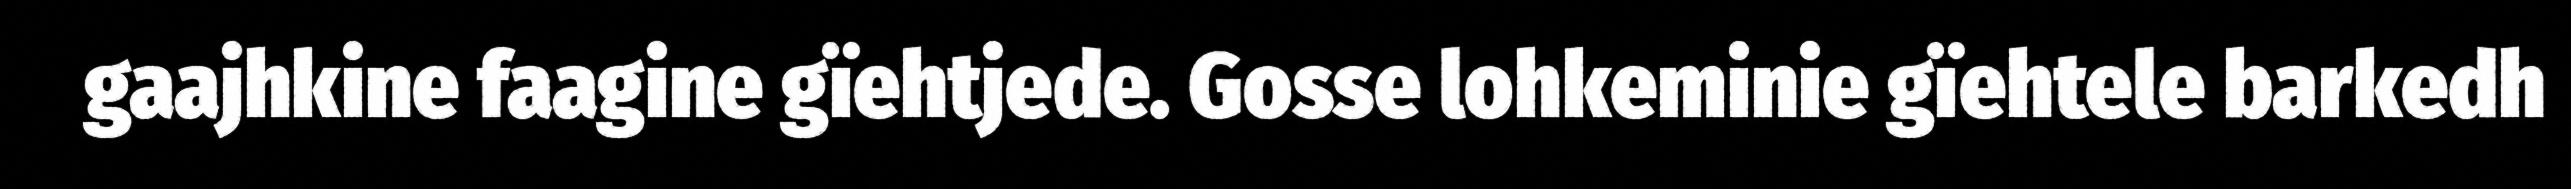
gaajhkine faagine gïehtjede. Gosse lohkeminie gïehtele barkedh